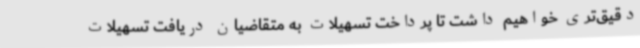
دقیق‌تری خواهیم داشت تا پرداخت تسهیلات به متقاضیان دریافت تسهیلات